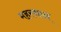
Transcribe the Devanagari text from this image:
महस्थान